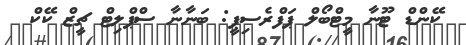
ކޭންޑް ޓޫނާ މީޓްބޯލް ޕަފްރެސިޕީ: ބަނާނާ ސްޕްލިޓް ޗީޒް ކޭކް